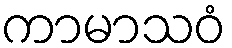
ကာမာသဝံ